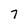
Character: 7